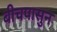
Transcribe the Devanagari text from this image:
बीचपासुन